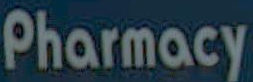
Pharmacy